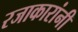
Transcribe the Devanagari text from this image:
रजाकारांनी